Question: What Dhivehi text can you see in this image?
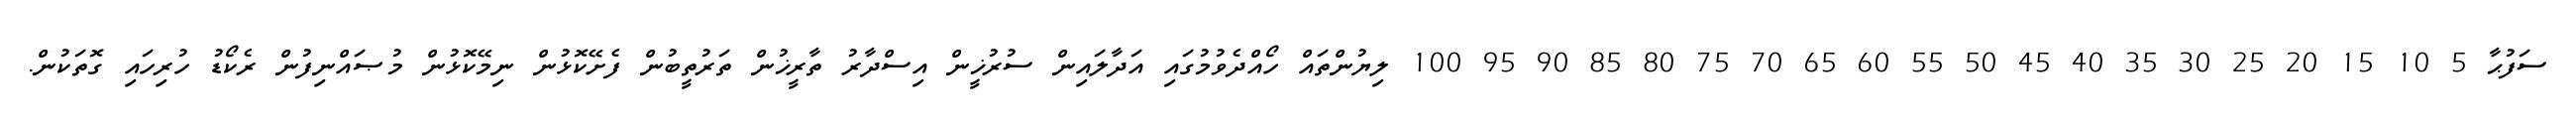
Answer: ސަފުޙާ 5 10 15 20 25 30 35 40 45 50 55 60 65 70 75 80 85 90 95 100 ލިޔުންތައް ހޯއްދެވުމުގައި އަދާލައިން ސުރުޚީން އިސްދާރު ތާރީޚުން ތަރުތީބުން ފެށޭކޮޅުން ނިމޭކޮޅުން މުޞައްނިފުން ރެކޯޑު ހުރިހައި ގޮތަކުން.